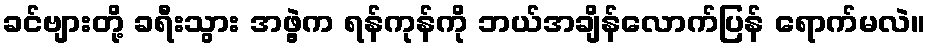
ခင်ဗျားတို့ ခရီးသွား အဖွဲ့က ရန်ကုန်ကို ဘယ်အချိန်လောက်ပြန် ရောက်မလဲ။